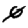
Digit: 0